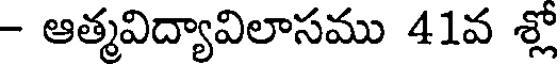
- ఆత్మవిద్యావిలాసము 41వ శ్లో